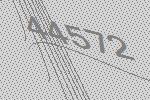
44572